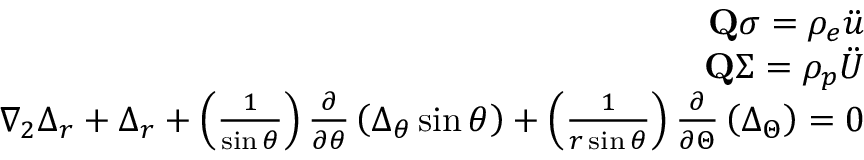
\begin{array} { r } { \mathbf { Q } \boldsymbol { \sigma } = \rho _ { e } \boldsymbol { \Ddot { u } } } \\ { \mathbf { Q } \boldsymbol { \Sigma } = \rho _ { p } \boldsymbol { \Ddot { U } } } \\ { \nabla _ { 2 } \Delta _ { r } + \Delta _ { r } + \left( \frac { 1 } { \sin \theta } \right) \frac { \partial } { \partial \theta } \left( \Delta _ { \theta } \sin \theta \right) + \left( \frac { 1 } { r \sin \theta } \right) \frac { \partial } { \partial \Theta } \left( \Delta _ { \Theta } \right) = 0 } \end{array}